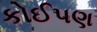
કોઈપણ